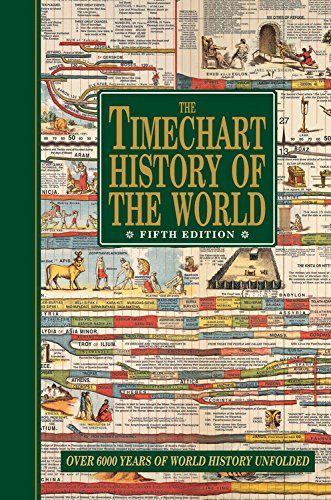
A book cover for The Timechart History of the World: Over 6000 Years of World History Unfolded; History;